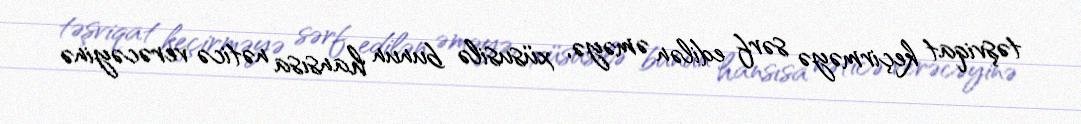
təşviqat keçirməyə sərf edilən əməyə, xüsusilə bunun hansısa nəticə verəcəyinə